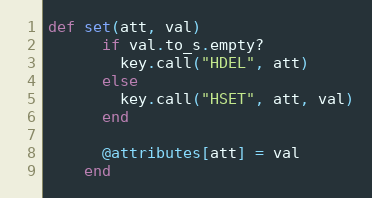
Language: Ruby
def set(att, val)
      if val.to_s.empty?
        key.call("HDEL", att)
      else
        key.call("HSET", att, val)
      end

      @attributes[att] = val
    end